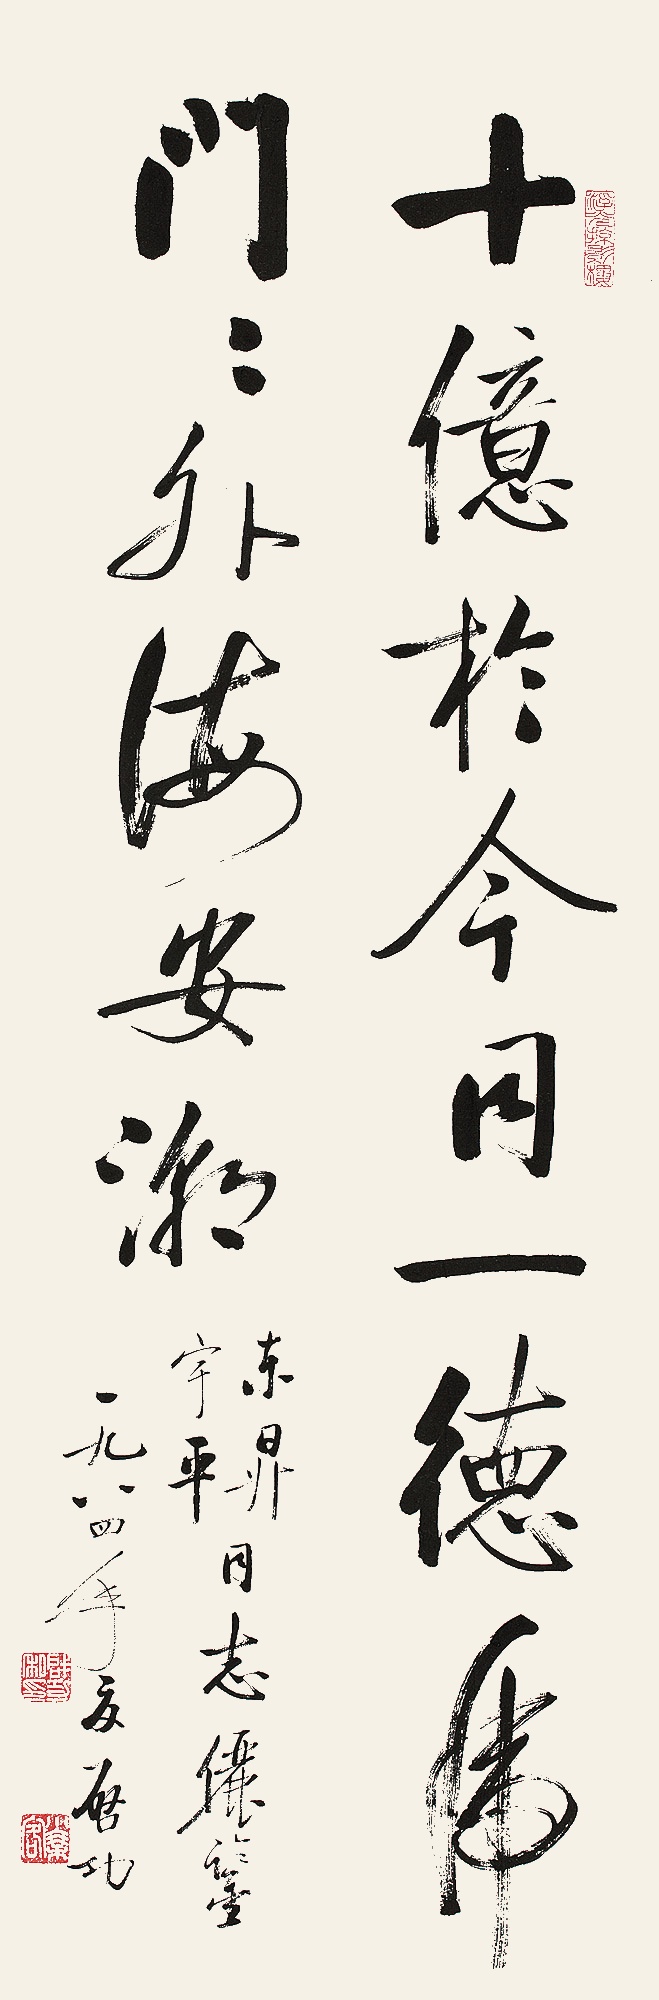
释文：十亿于今同一德，虎门门外海安潮。东升、宇平同志俪鉴。一九八四年夏，启功。